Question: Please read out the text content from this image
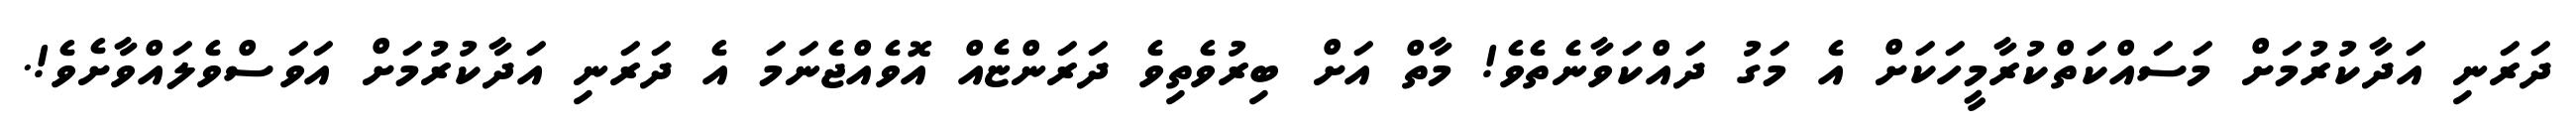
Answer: ދަރަނި އަދާކުރުމަށް މަސައްކަތްކުރާމީހަކަށް އެ މަގު ދައްކަވާނެތެވެ! މާތް އަށް ބިރުވެތިވެ ދަރަންޏެއް އޮވެއްޖެނަމަ އެ ދަރަނި އަދާކުރުމަށް އަވަސްވެލައްވާށެވެ!.